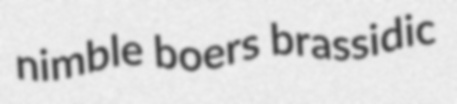
nimble boers brassidic